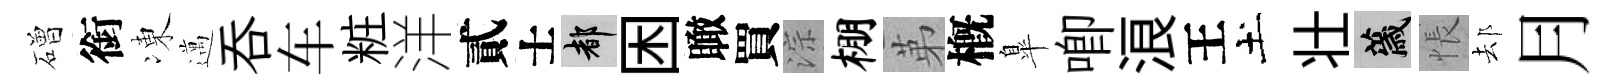
磳銜凍邁呑车粧洋貳士都困瞰買淙棚苐槪臯唧浪王土壮薉悵𨚫月